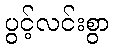
ပွင့်လင်းစွာ